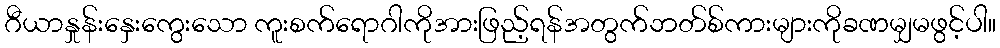
ဂီယာနှုန်းနှေးကွေးသော ကူးစက်ရောဂါကိုအားဖြည့်ရန်အတွက်ဘတ်စ်ကားများကိုခဏမျှမဖွင့်ပါ။